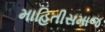
માહિતીસમાજ